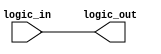
module non_inverting_buffer (
    input wire logic_in,
    output wire logic_out
);

assign logic_out = logic_in;

endmodule